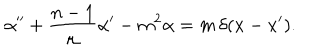
LaTeX: \alpha ^ { \prime \prime } + \frac { n - 1 } \mu \alpha ^ { \prime } - m ^ { 2 } \alpha = m \, \delta ( x - x ^ { \prime } ) .